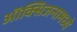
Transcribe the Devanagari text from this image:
ऑक्सिजनामध्ये